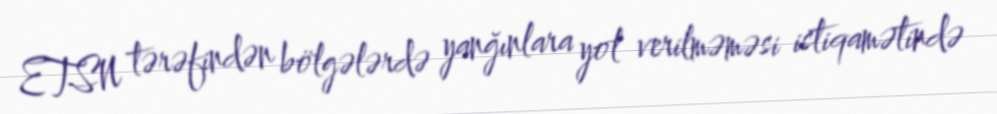
ETSN tərəfindən bölgələrdə yanğınlara yol verilməməsi istiqamətində